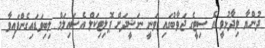
ދުންޔާ ވިދާޅުވީ އެ ސިޓީގެ ޖަވާބުގައި ވަނީ ނަޝީދަށް ޕޮލިޓިކަލް އެސައިލަމް ލިބިވަޑައިގެންފައިވާ